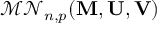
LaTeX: { \mathcal { M N } } _ { n , p } ( \mathbf { M } , \mathbf { U } , \mathbf { V } )